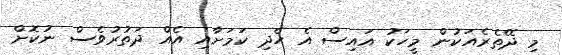
މި ދޭތެރެއަކުން މީހަކު އައިސް އެ ހެދި ކަމަށާއި އެއް ދަތުރުވެސް ނުކޮށް